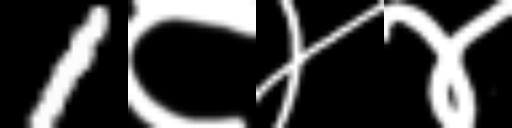
Text: 1८४४